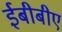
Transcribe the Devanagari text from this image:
ईबीबीए